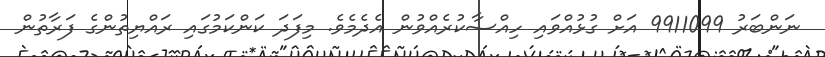
ނަންބަރު 9911099 އަށް ގުޅުއްވައި ހިއްސާކުރެއްވުން އެދެމެވެ. މިފަދަ ކަންކަމުގައި ރައްޔިތުންގެ ފަރާތުން